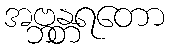
အဗ္ဘန္တရတော